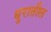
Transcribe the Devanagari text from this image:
धुरातील